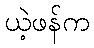
ယဲ့ဖန်က